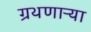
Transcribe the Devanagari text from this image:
ग्रथणाऱ्या